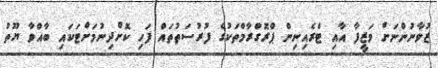
ޒުވާނުންނަށް ވަޒީފާ އާއި ޓްރެއިނިން ޕްރޮގްރާމްތަކުގެ ފުރުސަތުތައް ފަހި ކޮށްދިނުމަށްޓަކައި ބާއްވާ ޔޫތު